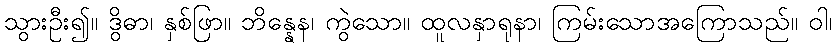
သွားဦး၍။ ဒွိဓာ၊ နှစ်ဖြာ။ ဘိန္နေန၊ ကွဲသော။ ထူလနှာရုနာ၊ ကြမ်းသောအကြောသည်။ ဝါ၊